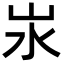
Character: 汖